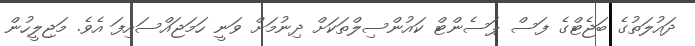
ދައުލަތުގެ ބަޖެޓްގެ ފަސް ޕަސެންޓް ކައުންސިލްތަކަށް ދިނުމަށް ވަނީ ހަމަޖައްސައިފަ އެވެ. މަޖިލީހުން